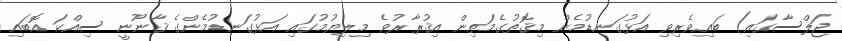
ޖަލްސާގައި) ބައިވެރިވި އަޅުގަނޑުމެން މިޤޮތުގެމަތިން އިޤުރާރުވެ މިލިޔުމުގައި އަޅުގަނޑުމެންގެ ޤާނޫނީ ސިއްކަ އޮބައި